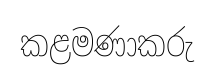
කළමණාකරු